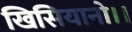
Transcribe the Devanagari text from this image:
खिसियानो।।